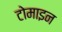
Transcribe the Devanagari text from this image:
टोमाइन